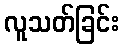
လူသတ်ခြင်း